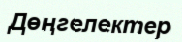
Дөңгелектер